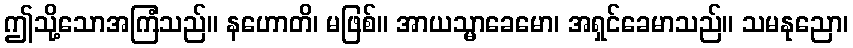
ဤသို့သောအကြံသည်။ နဟောတိ၊ မဖြစ်။ အာယသ္မာခေမော၊ အရှင်ခေမာသည်။ သမနုညော၊